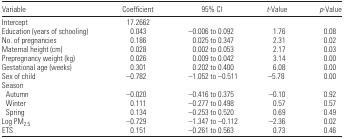
<table><thead><tr><td><b>Variable</b></td><td><b>Coefficient</b></td><td><b>95% CI</b></td><td><b><i>t</i>-Value</b></td><td><b><i>p</i>-Value</b></td></tr></thead><tbody><tr><td>Intercept</td><td>17.2662</td><td></td><td></td><td></td></tr><tr><td>Education (years of schooling)</td><td>0.043</td><td>−0.006 to 0.092</td><td>1.76</td><td>0.08</td></tr><tr><td>No. of pregnancies</td><td>0.186</td><td>0.025 to 0.347</td><td>2.31</td><td>0.02</td></tr><tr><td>Maternal height (cm)</td><td>0.028</td><td>0.002 to 0.053</td><td>2.17</td><td>0.03</td></tr><tr><td>Prepregnancy weight (kg)</td><td>0.026</td><td>0.009 to 0.042</td><td>3.14</td><td>0.00</td></tr><tr><td>Gestational age (weeks)</td><td>0.301</td><td>0.202 to 0.400</td><td>6.08</td><td>0.00</td></tr><tr><td>Sex of child</td><td>−0.782</td><td>−1.052 to −0.511</td><td>−5.78</td><td>0.00</td></tr><tr><td colspan="5">Season</td></tr><tr><td> Autumn</td><td>−0.020</td><td>−0.416 to 0.375</td><td>−0.10</td><td>0.92</td></tr><tr><td> Winter</td><td>0.111</td><td>−0.277 to 0.498</td><td>0.57</td><td>0.57</td></tr><tr><td> Spring</td><td>0.134</td><td>−0.253 to 0.520</td><td>0.69</td><td>0.49</td></tr><tr><td>Log PM<sub>2.5</sub></td><td>−0.729</td><td>−1.347 to −0.112</td><td>−2.36</td><td>0.02</td></tr><tr><td>ETS</td><td>0.151</td><td>−0.261 to 0.563</td><td>0.73</td><td>0.46</td></tr></tbody></table>